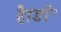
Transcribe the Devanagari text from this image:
है।डॉ॰